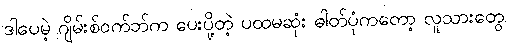
ဒါပေမဲ့ ဂျိမ်းစ်ဝက်ဘ်က ပေးပို့တဲ့ ပထမဆုံး ဓါတ်ပုံကတော့ လူသားတွေ